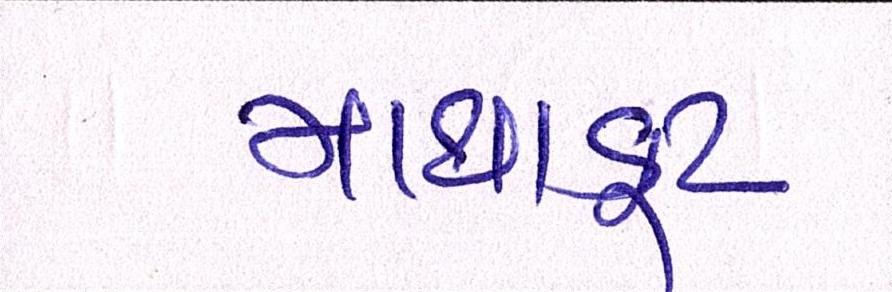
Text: માથાકૂટ